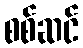
စစ်ဆင်